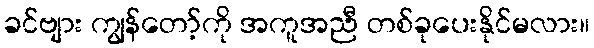
ခင်ဗျား ကျွန်တော့်ကို အကူအညီ တစ်ခုပေးနိုင်မလား။